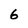
Character: 6